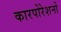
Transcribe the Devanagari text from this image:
कारपोरेशनों